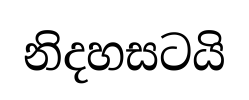
නිදහසටයි